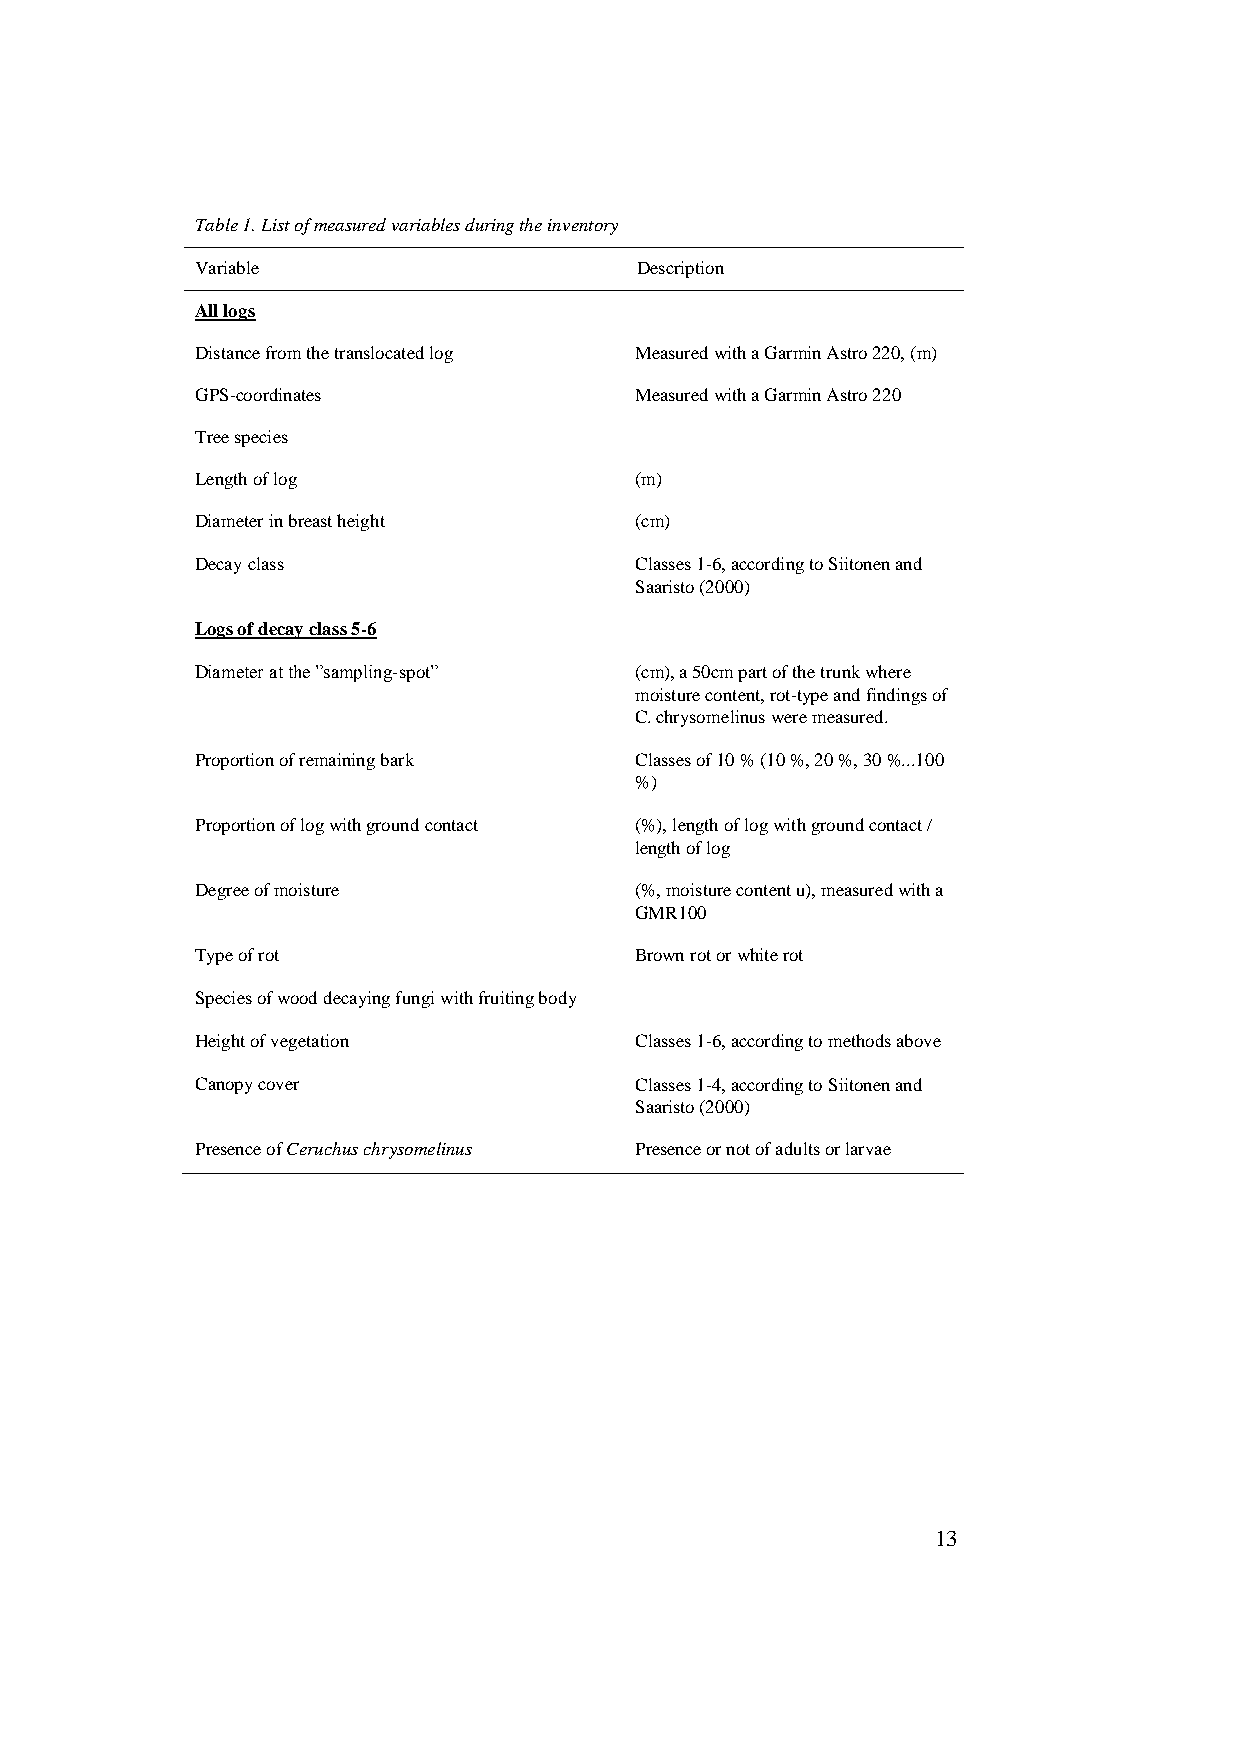
Table 1. List of measured variables during the inventory
 Variable                     Description
 All logs
 Distance from the translocated log Measured with a Garmin Astro 220, (m)
 GPS-coordinates              Measured with a Garmin Astro 220
 Tree species
 Length of log                (m)
 Diameter in breast height    (cm)
 Decay class                  Classes 1-6, according to Siitonen and
 Saaristo (2000)
 Logs of decay class 5-6
 Diameter at the ”sampling-spot” (cm), a 50cm part of the trunk where
 moisture content, rot-type and findings of
 C. chrysomelinus were measured.
 Proportion of remaining bark Classes of 10 % (10 %, 20 %, 30 %...100
 %)
 Proportion of log with ground contact (%), length of log with ground contact /
 length of log
 Degree of moisture           (%, moisture content u), measured with a
 GMR100
 Type of rot                  Brown rot or white rot
 Species of wood decaying fungi with fruiting body
 Height of vegetation         Classes 1-6, according to methods above
 Canopy cover                 Classes 1-4, according to Siitonen and
 Saaristo (2000)
 Presence of Ceruchus chrysomelinus Presence or not of adults or larvae
 13